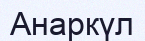
Анаркүл